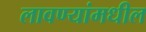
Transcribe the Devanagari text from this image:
लावण्यांमधील